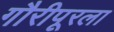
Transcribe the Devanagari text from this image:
गौरीपूरला